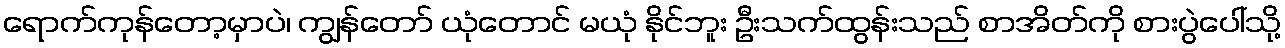
ရောက်ကုန်တော့မှာပဲ၊ ကျွန်တော် ယုံတောင် မယုံ နိုင်ဘူး ဦးသက်ထွန်းသည် စာအိတ်ကို စားပွဲပေါ်သို့